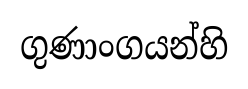
ගුණාංගයන්හි